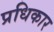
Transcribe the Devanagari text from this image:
प्रधिकार